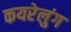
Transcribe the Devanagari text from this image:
कयरेलुंग